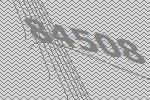
84508